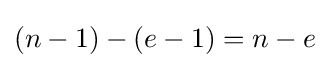
(n-1)-(e-1)=n-e